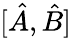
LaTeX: [\hat{A},\hat{B}]